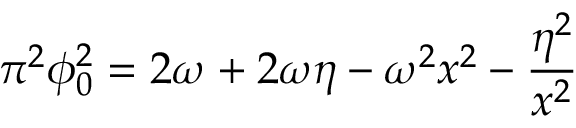
\pi ^ { 2 } \phi _ { 0 } ^ { 2 } = 2 \omega + 2 \omega \eta - \omega ^ { 2 } x ^ { 2 } - { \frac { \eta ^ { 2 } } { x ^ { 2 } } }